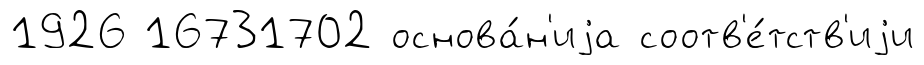
1926 16731702 основа́н'иjа соотв'е́тств'иjи